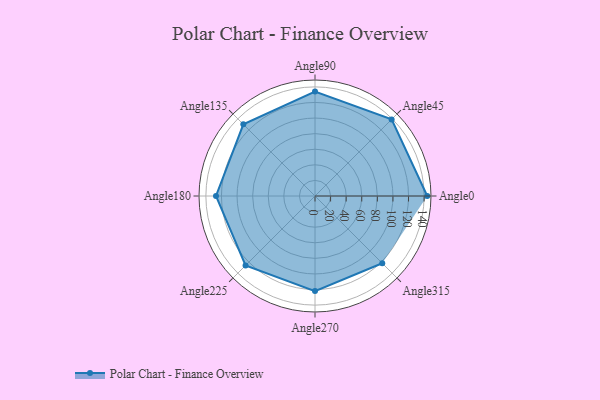
{"axis": {"x": "Angle", "y": "Radius"}, "legend": [""], "data": [{"x": "Angle0", "y": 144.0, "type": ""}, {"x": "Angle45", "y": 139.0, "type": ""}, {"x": "Angle90", "y": 134.0, "type": ""}, {"x": "Angle135", "y": 130.0, "type": ""}, {"x": "Angle180", "y": 127.0, "type": ""}, {"x": "Angle225", "y": 126.0, "type": ""}, {"x": "Angle270", "y": 122.0, "type": ""}, {"x": "Angle315", "y": 122.0, "type": ""}]}